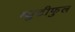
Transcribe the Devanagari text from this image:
ब्युटीफुल